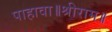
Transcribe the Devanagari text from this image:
पाहावा॥श्रीराम॥